Lunatic asylums Madras 1877-1891 - 1877-1891
Year: 1877
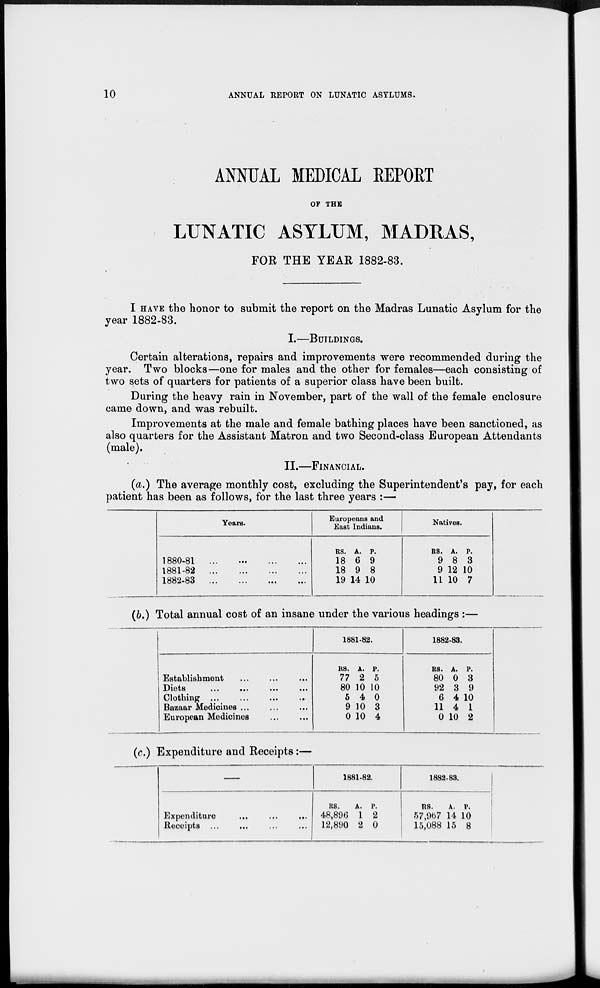
10
ANNUAL REPORT ON LUNATIC ASYLUMS.
ANNUAL MEDICAL REPORT
OF THE
LUNATIC ASYLUM, MADRAS,
FOR THE YEAR 1882-83.
I HAVE the honor to submit the report on the Madras Lunatic Asylum for the
year 1882-83.
I.—BUILDINGS.
Certain alterations, repairs and improvements were recommended during the
year. Two blocks—one for males and the other for females—each consisting of
two sets of quarters for patients of a superior class have been built.
During the heavy rain in November, part of the wall of the female enclosure
came down, and was rebuilt.
Improvements at the male and female bathing places have been sanctioned, as
also quarters for the Assistant Matron and two Second-class European Attendants
(male).
II.—FINANCIAL.
(a.) The average monthly cost, excluding the Superintendent's pay, for each
patient has been as follows, for the last three years :—
Years.
1880-81
...
...
...
...
1881-82 ... ... ... ...
1882-83
...
...
...
...
Europeans and
East Indians.
Rs.
18
18
19
A.
6
9
14
P.
9
8
10
Natives.
Rs.
9
9
11
A.
8
12
10
P.
3
10
7
(b.) Total annual cost of an insane under the various headings :—
Establishment ... ... ...
Diets ... ... ... ...
Clothing ... ... ... ...
Bazaar Medicines ... ... ...
European Medicines ... ...
1881-82.
Rs.
77
80
5
9
0
A.
2
10
4
10
10
P.
5
10
0
3
4
1882-83.
Rs.
80
92
6
11
0
A.
0
3
4
4
10
P.
3
9
10
1
2
(c.) Expenditure and Receipts:—
—
Expenditure
...
...
...
Receipts ... ... ... ...
1881-82
Rs.
48,896
12,890
A.
1
2
P.
2
0
1882-83.
Rs.
57,967
15,088
A.
14
15
P.
10
8